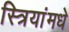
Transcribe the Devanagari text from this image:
स्त्रियांमधे